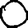
Digit: 0